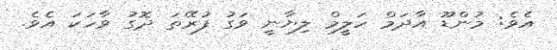
އެވެ: މުންޑޫ އާދަމް ހަލީމް ލިޔާނީ ވަގު ފުރޭތަ ދޮގު ވާހަކަ އެވެ.